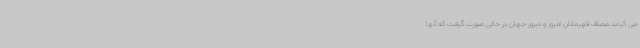
می کردند.مصاف قهرمانان امروز و دیروز جهان در حالی صورت گرفت که آنها